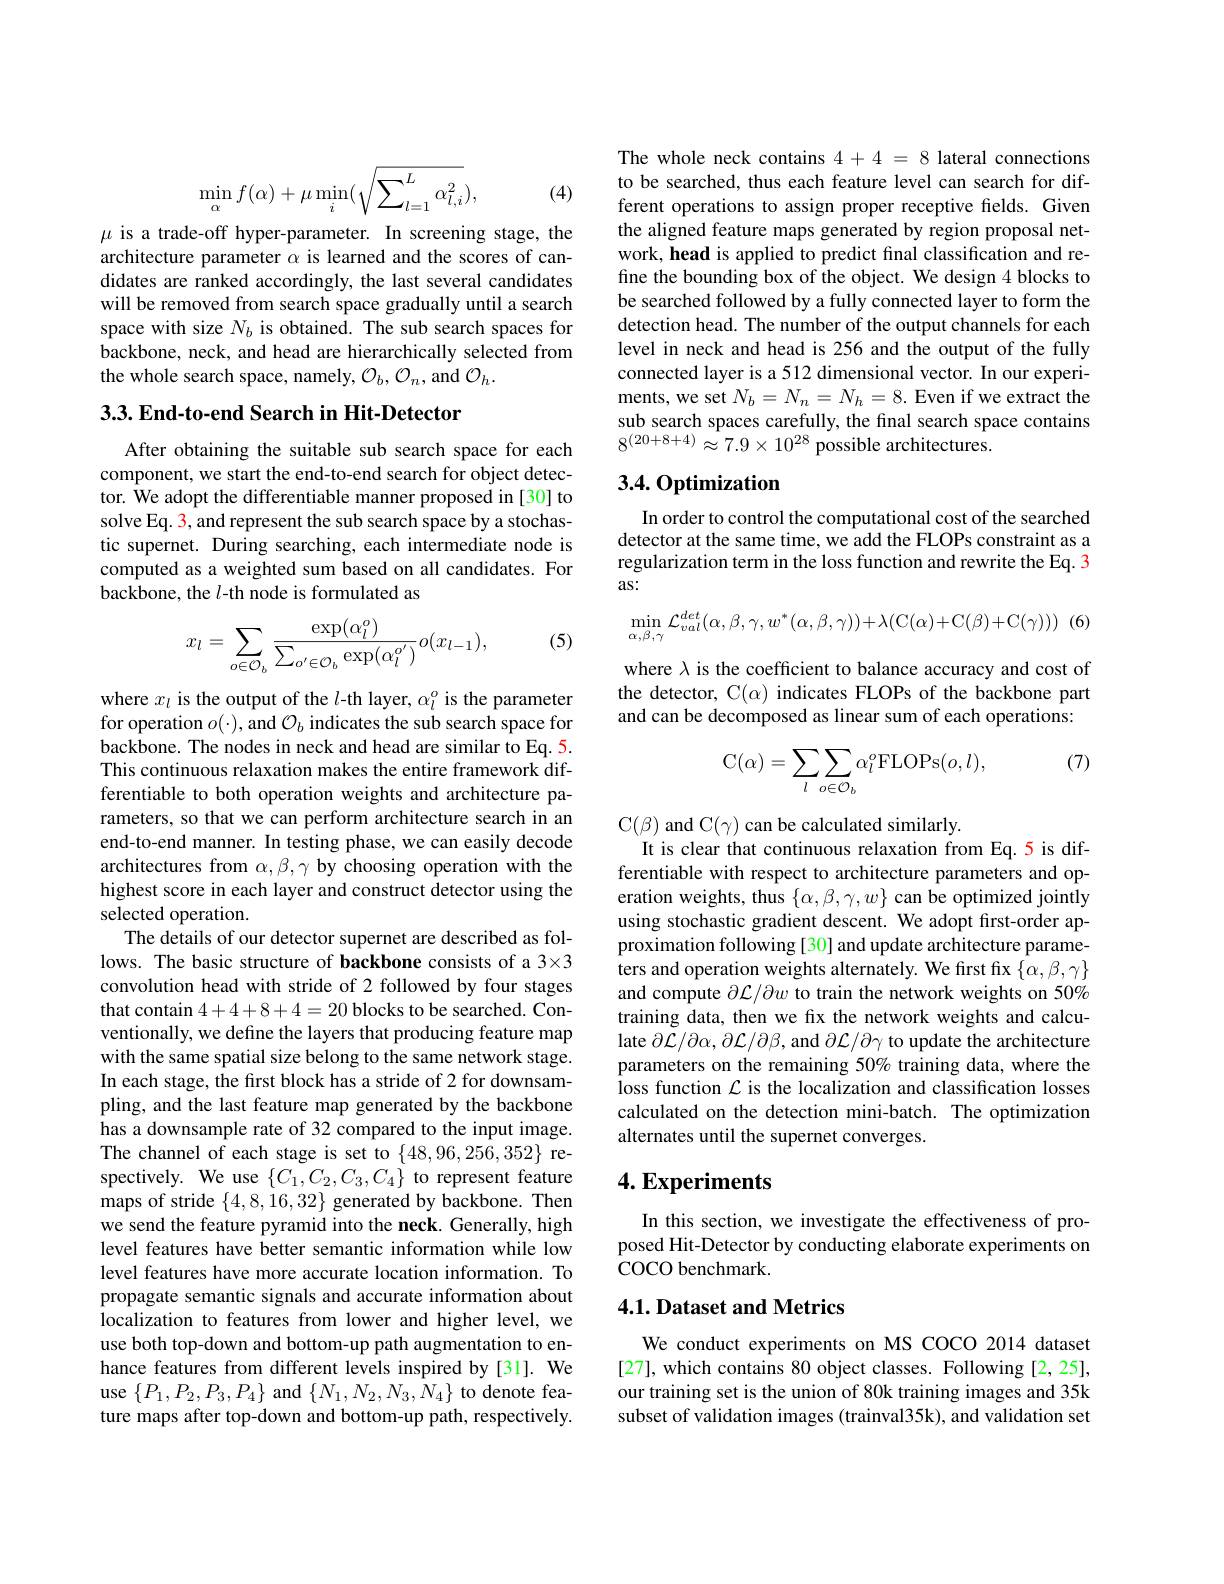
$$\min_{\alpha}f(\alpha)+\mu\min_{i}(\sqrt{\sum_{l=1}^{L}\alpha_{l,i}^{2}}),$$
(4)

$\mu$ is a trade-off hyper-parameter. In screening stage, the architecture parameter $\alpha$ is learned and the scores of candidates are ranked accordingly, the last several candidates will be removed from search space gradually until a search space with size $N_b$ is obtained. The sub search spaces for backbone, neck, and head are hierarchically selected from the whole search space, namely, $\mathcal{O}_b,\mathcal{O}_n$, and $\mathcal{O}_h.$

3.3. End-to-end Search in Hit-Detector

After obtaining the suitable sub search space for each component, we start the end-to-end search for object detector. We adopt the differentiable manner proposed in [30] to solve Eq. 3, and represent the sub search space by a stochastic supernet. During searching, each intermediate node is computed as a weighted sum based on all candidates. For backbone, the $l$-th node is formulated as

(5)
$$x_l=\sum\limits_{o\in\mathcal{O}_b}\frac{\exp(\alpha_l^o)}{\sum\limits_{o'\in\mathcal{O}_b}\exp(\alpha_l^{o'})}o(x_{l-1}),$$
where $x_l$ is the output of the $l$-th layer, $\alpha_l^o$ is the parameter for operation $o(\cdot)$, and $\mathcal{O}_b$ indicates the sub search space for backbone. The nodes in neck and head are similar to Eq. 5. This continuous relaxation makes the entire framework differentiable to both operation weights and architecture parameters, so that we can perform architecture search in an end-to-end manner. In testing phase, we can easily decode architectures from $\alpha , \beta , \gamma \textbf{by choosing operation with the}$ highest score in each layer and construct detector using the selected operation.
The details of our detector supernet are described as follows. The basic structure of backbone consists of a 3×3 convolution head with stride of 2 followed by four stages that contain 4+4+8+4=20 blocks to be searched. Conventionally, we define the layers that producing feature map with the same spatial size belong to the same network stage. In each stage, the first block has a stride of 2 for downsampling, and the last feature map generated by the backbone has a downsample rate of 32 compared to the input image. The channel of each stage is set to $\{48,96,256,352\}$ respectively. We use $\{C_1,C_2,C_3,C_4\}$ to represent feature maps of stride $\{4,8,\dot{1}6,32\}$ generated by backbone. Then we send the feature pyramid into the neck. Generally, high level features have better semantic information while low level features have more accurate location information. To propagate semantic signals and accurate information about localization to features from lower and higher level, we use both top-down and bottom-up path augmentation to enhance features from different levels inspired by[31]. We use $\{P_1,P_2,P_3,P_4\}$ and $\{N_1,N_2,N_3,N_4\}$ to denote feature maps after top-down and bottom-up path, respectively.

The whole neck contains 4+4=8 lateral connections to be searched, thus each feature level can search for different operations to assign proper receptive fields. Given the aligned feature maps generated by region proposal network, head is applied to predict final classification and refine the bounding box of the object. We design 4 blocks to be searched followed by a fully connected layer to form the detection head. The number of the output channels for each level in neck and head is 256 and the output of the fully connected layer is a 512 dimensional vector. In our experiments, we set $N_b=N_n=N_h=8.$ Even if we extract the sub search spaces carefully, the final search space contains $8^{(20+8+4)}\approx7.9\times10^{28}$ possible architectures.

## 3.4. Optimization

In order to control the computational cost of the searched detector at the same time, we add the FLOPs constraint as a regularization term in the loss function and rewrite the Eq. 3 as:

(6)
$$\min_{\alpha,\beta,\gamma}\mathcal{L}_{val}^{det}(\alpha,\beta,\gamma,w^{*}(\alpha,\beta,\gamma))+\lambda(\mathrm{C}(\alpha)+\mathrm{C}(\beta)+\mathrm{C}(\gamma)))$$
where $\lambda$ is the coefficient to balance accuracy and cost of the detector, C$(\alpha)$ indicates FLOPs of the backbone part and can be decomposed as linear sum of each operations:

(7)
$$\mathrm{C}(\alpha)=\sum\limits_{l}\sum\limits_{o\in\mathcal{O}_{b}}\alpha_{l}^{o}\mathrm{FLOPs}(o,l),$$
C$(\beta)$ and C$(\gamma)$ can be calculated similarly.
It is clear that continuous relaxation from Eq.5 is differentiable with respect to architecture parameters and operation weights, thus $\{\alpha,\beta,\gamma,w\}$ can be optimized jointly using stochastic gradient descent. We adopt frst-order approximation following [30] and update architecture parameters and operation weights alternately. We first fix $\{\alpha,\beta,\gamma\}$ and compute $\partial\mathcal{L}/\partial w$ to train the network weights on 50% training data, then we fix the network weights and calculate $\partial\mathcal{L}/\partial\alpha,\partial\mathcal{L}/\partial\beta$, and $\partial\mathcal{L}/\partial\gamma$ to update the architecture parameters on the remaining 50% training data, where the loss function $\mathcal{L}$ is the localization and classification losses calculated on the detection mini-batch. The optimization alternates until the supernet converges.

## $4. \textbf{Experiments}$

In this section, we investigate the effectiveness of proposed Hit-Detector by conducting elaborate experiments on COCO benchmark.

## 4.1. Dataset and Metrics

We conduct experiments on MS COCO 2014 dataset [27], which contains 80 object classes. Following [2,25], our training set is the union of 80k training images and 35k subset of validation images (trainval35k), and validation set